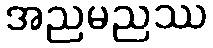
အညမညဿ